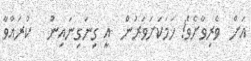
އަށް  ވެރިވާށެވެ! ހަމަކަށަވަރުން  އީ ގިނަގިނައިން   ކުރައްވާ